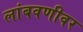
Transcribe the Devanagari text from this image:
लांबवणीवर